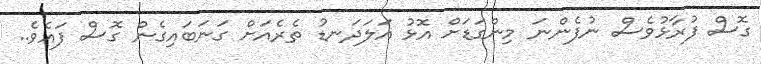
ގޮސް ފުރާޅުވެސް ނުފެންނަ މިންގަޑަށް އޮޅު އަލަދަނޑު ތެރެއަށް ގަނަބައިގެން ގޮސް ފައެވެ..